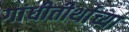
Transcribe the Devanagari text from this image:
गांधीतीर्थाच्या